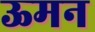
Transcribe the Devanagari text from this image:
ऊमन